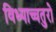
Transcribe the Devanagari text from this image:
विध्याच्चतुरो